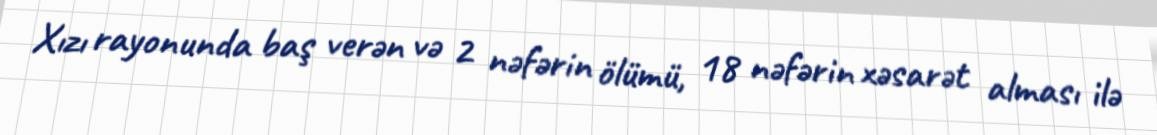
Xızı rayonunda baş verən və 2 nəfərin ölümü, 18 nəfərin xəsarət alması ilə